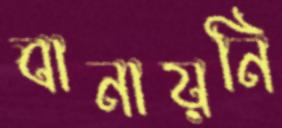
বানায়নি